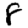
Digit: 8